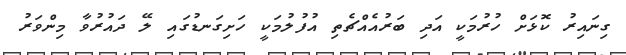
ގިނައިރު ކޮޅަށް ހުރުމަކީ އަދި ބަރުއެއްޗެތި އުފުލުމަކީ ހަށިގަނޑުގައި ލޭ ދައުރުވާ މިންވަރު